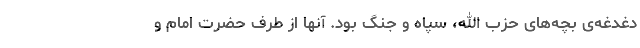
دغدغه‌ی بچه‌های حزب الله، سپاه و جنگ بود. آنها از طرف حضرت امام و